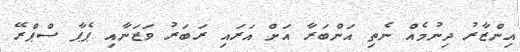
އިންޒާރު ދިނުމެއް ނެތި އަންބަރާ އަށް އަރައި ރަބަރު ވަޒަނާއި ޕެޕާ ސްޕްރޭ